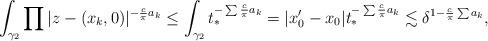
LaTeX: \begin{align*}\int_{\gamma_2} \prod |z-(x_k,0)|^{-\frac{c}{\pi} a_k} \leq \int_{\gamma_2} t_*^{-\sum \frac{c}{\pi} a_k} = |x'_0-x_0| t_*^{-\sum \frac{c}{\pi} a_k} \lesssim \delta^{1-\frac{c}{\pi} \sum a_k},\end{align*}